Kominterni_Eesti_sektsioon_Moskvas, lk 36
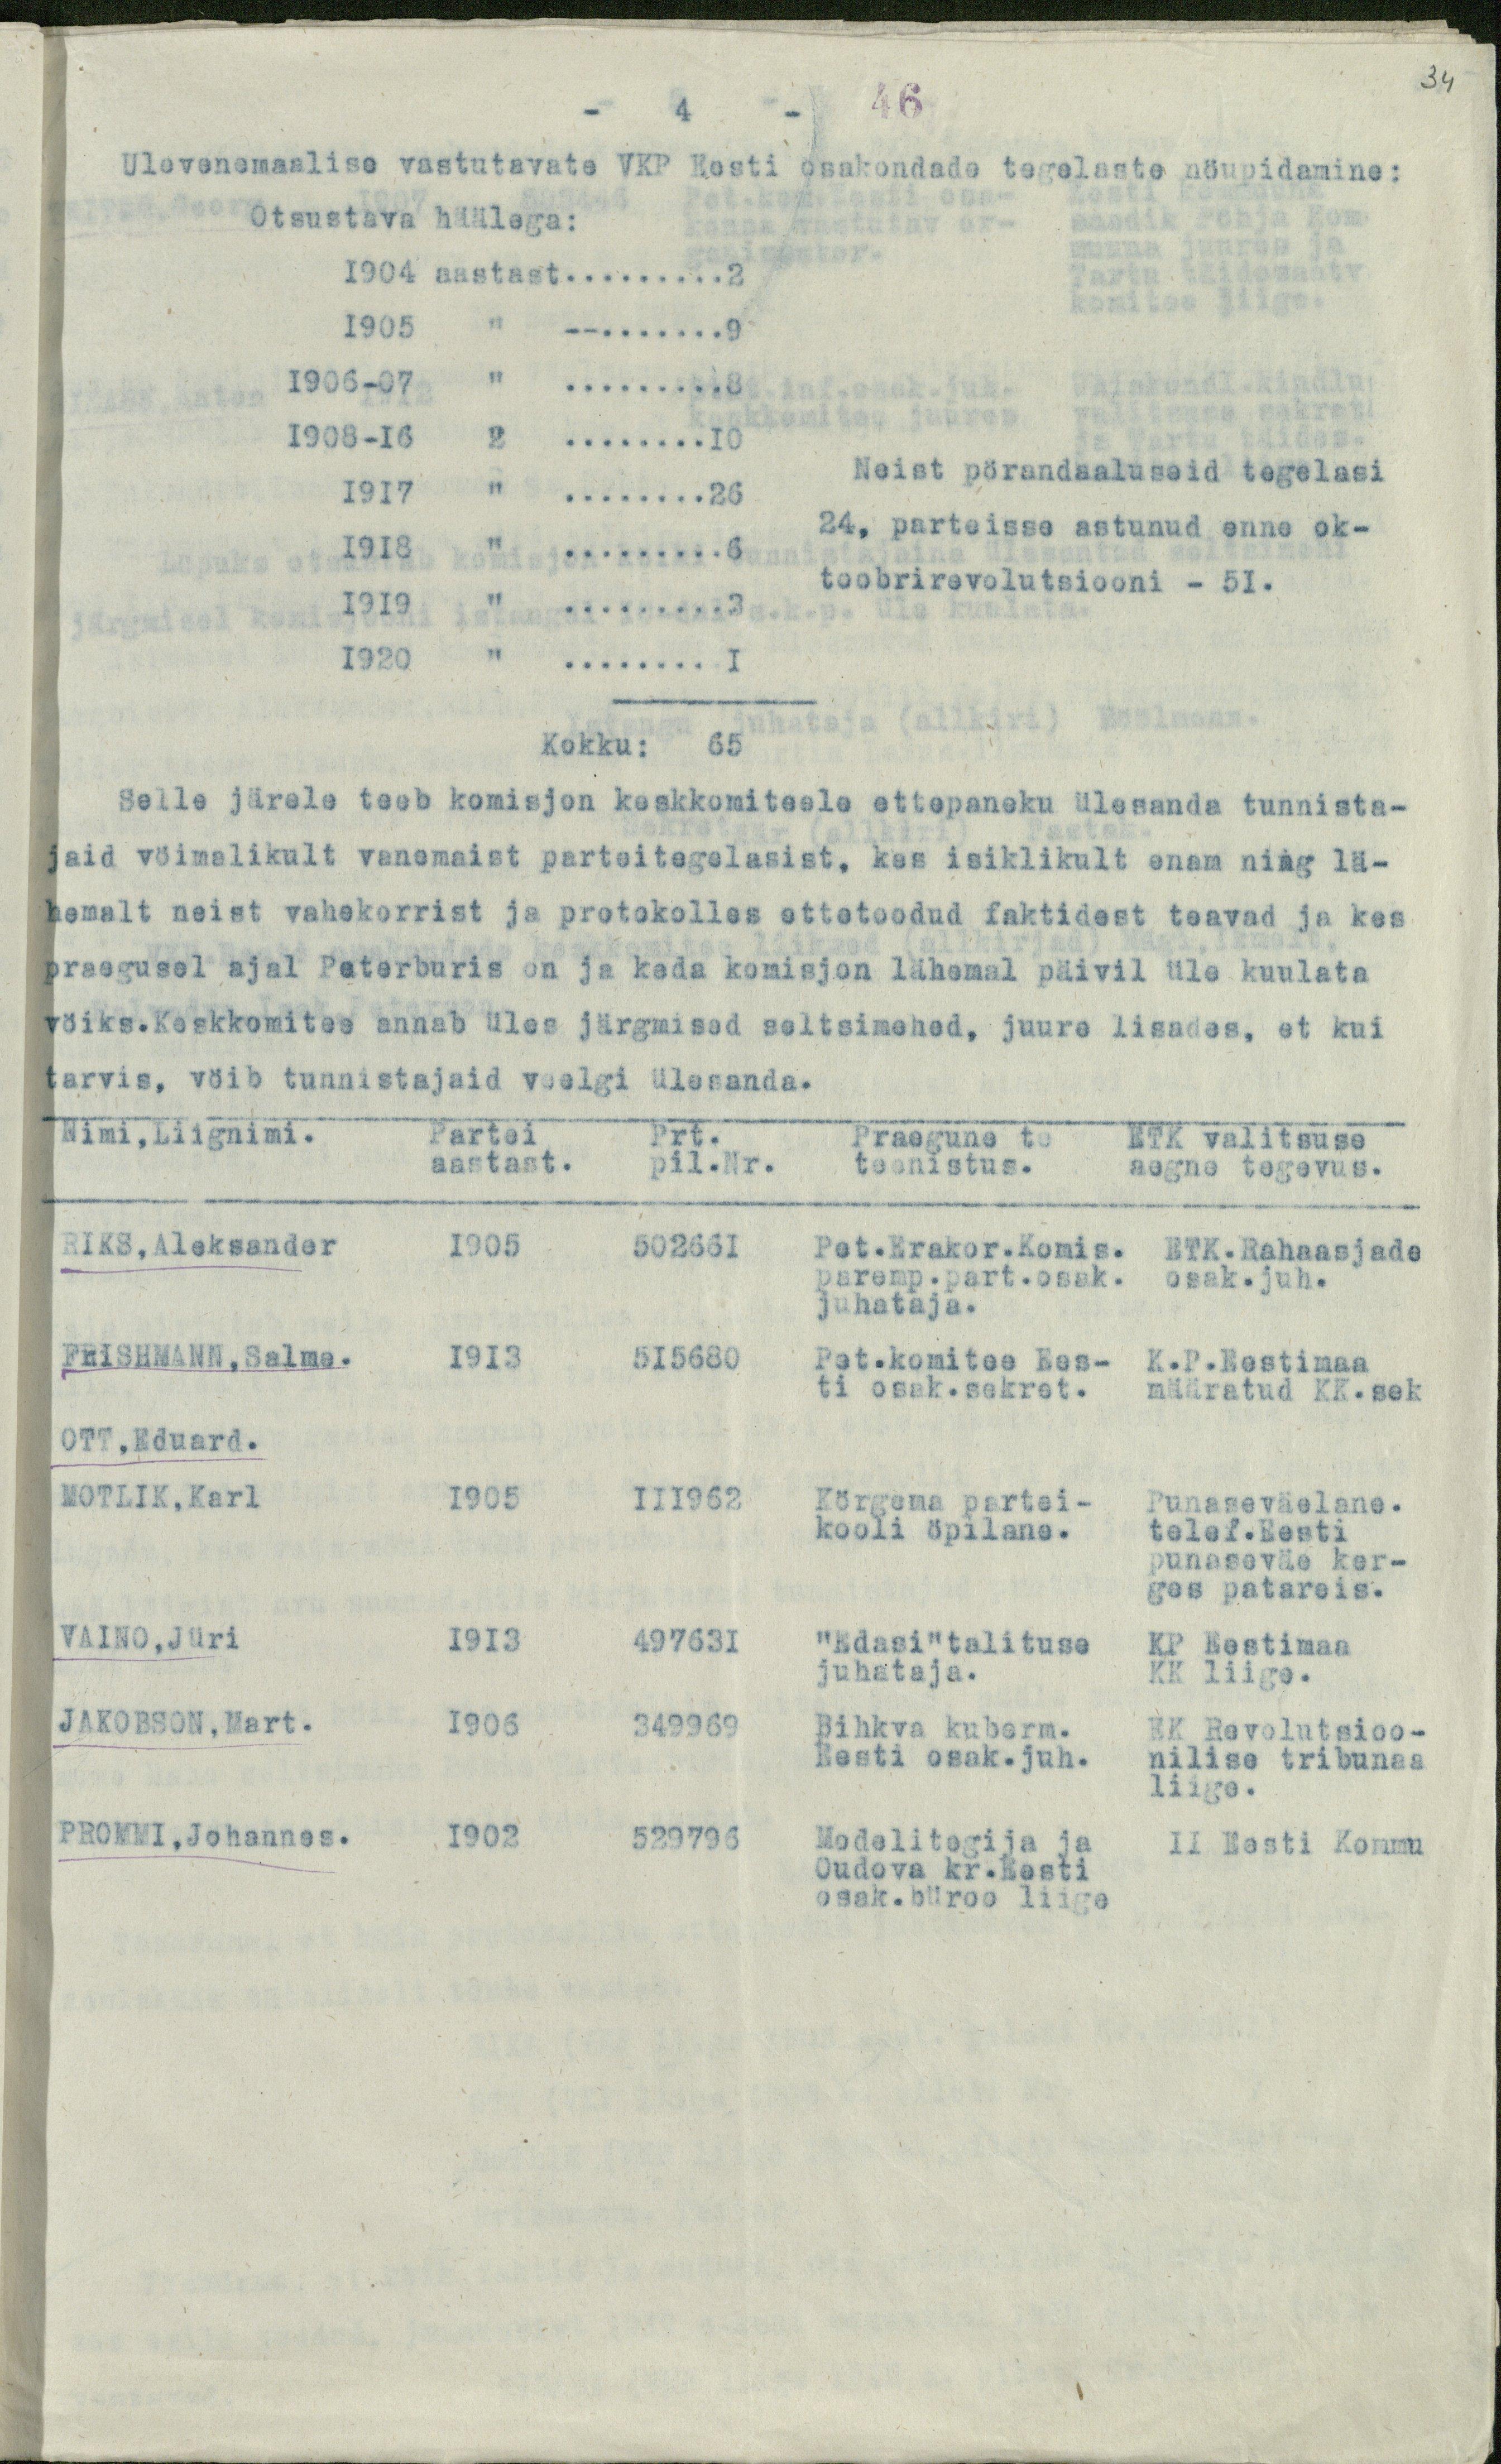
34
46
- 4 -
Ulevenemaalise vastutavate VKP Eesti osakondade tegelaste nöupidamine:
Otsustava häälega:
1904 aastast..2
1905 " ..9
1906-07 " ..8
1908-16 2 ..8
1917 " ..26
Neist pörandaaluseid tegelasi
24, parteisse astunud enne ok-
1918 " ..6
toobrirevolutsiooni - 51.
1919 " ..3
1920 " ..1
Kokku: 65
Selle järele teeb komisjon keskkomiteele ettepaneku ülesanda tunnista-
jaid vöimalikult vanemaist parteitegelasist, kes isiklikult enam ning lä-
hemalt neist vahekorrist ja protokolles ettetoodud faktidest teavad ja kes
praegusel ajal Peterburis on ja keda komisjon lähemal päivil üle kuulata
vöiks.Keskkomitee annab üles järgmised seltsimehed, juure lisades, et kui
tarvis, vöib tunnistajaid veelgi ülesanda.